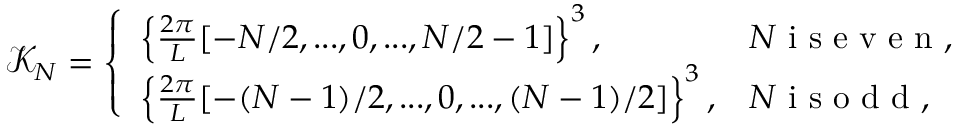
\mathcal { K } _ { N } = \left\{ \begin{array} { l l } { \left\{ \frac { 2 \pi } { L } [ - N / 2 , . . . , 0 , . . . , N / 2 - 1 ] \right\} ^ { 3 } , } & { N \mathrm { ~ i ~ s ~ e ~ v ~ e ~ n ~ , ~ } } \\ { \left\{ \frac { 2 \pi } { L } [ - ( N - 1 ) / 2 , . . . , 0 , . . . , ( N - 1 ) / 2 ] \right\} ^ { 3 } , } & { N \mathrm { ~ i ~ s ~ o ~ d ~ d ~ , ~ } } \end{array} \right.